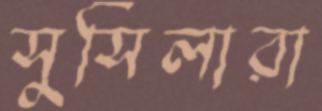
সুসিলারা